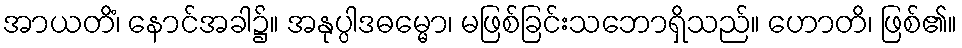
အာယတိံ၊ နောင်အခါ၌။ အနုပ္ပါဒဓမ္မော၊ မဖြစ်ခြင်းသဘောရှိသည်။ ဟောတိ၊ ဖြစ်၏။